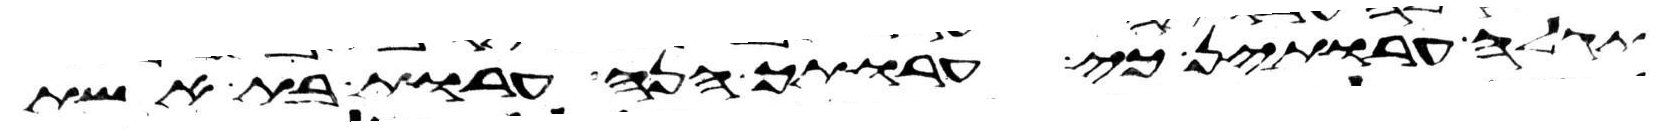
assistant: תגלה ערותן כי ערותך הנה ערות בת אשת